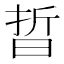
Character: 晢